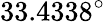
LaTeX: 33.4338^{\circ}